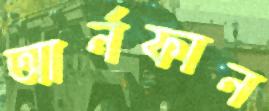
আর্নফান